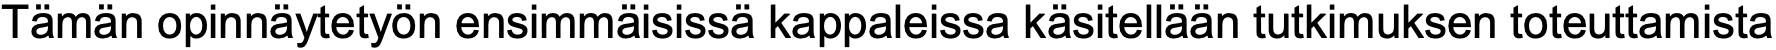
Tämän opinnäytetyön ensimmäisissä kappaleissa käsitellään tutkimuksen toteuttamista